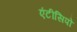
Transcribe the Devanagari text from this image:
एंटीसिपो